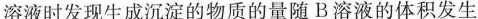
溶液时发现生成沉淀的物质的量随B溶液的体积发生